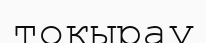
тоқырау